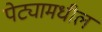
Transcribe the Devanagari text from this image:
पेट्यामधील